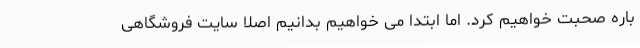
باره صحبت خواهیم کرد. اما ابتدا می خواهیم بدانیم اصلاً سایت فروشگاهی